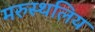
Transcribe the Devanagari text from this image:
मरुस्थलिय